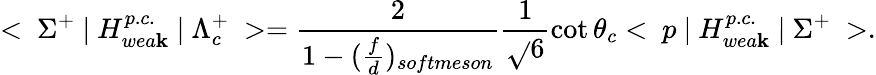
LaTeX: <~\Sigma^{+}~|~H_{wea\mathbf{k}}^{p.c.}~|~\Lambda_{c}^{+}~>=\frac{{2}}{{1-(\frac{{f}}{{d}})_{softmeson}}}\frac{{1}}{{\sqrt{}{{6}}}}\cot\theta_{c}<~p~|~H_{wea\mathbf{k}}^{p.c.}~|~\Sigma^{+}~>.